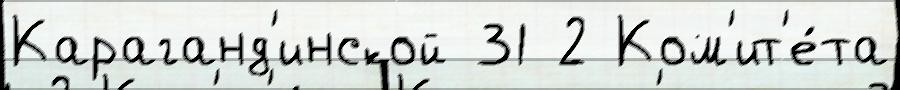
Караганд'инской 31 2 Ком'ит'е́та